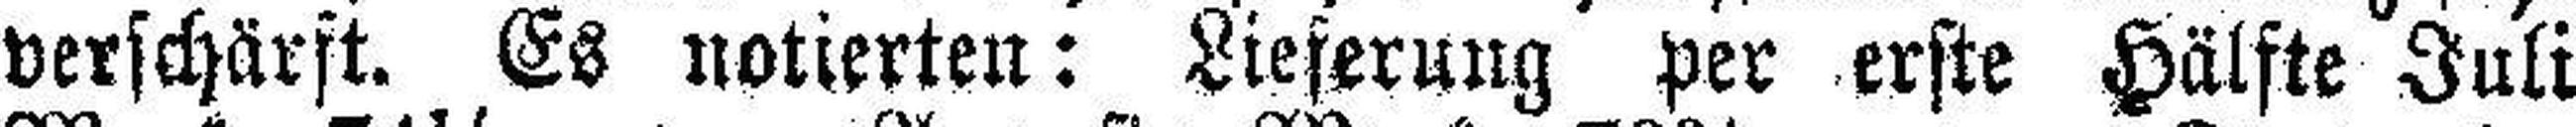
verschärft. Es notierten: Lieferung per erste Hälfte Juli